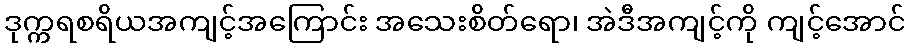
ဒုက္ကရစရိယအကျင့်အကြောင်း အသေးစိတ်ရော၊ အဲဒီအကျင့်ကို ကျင့်အောင်